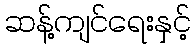
ဆန့်ကျင်ရေးနှင့်